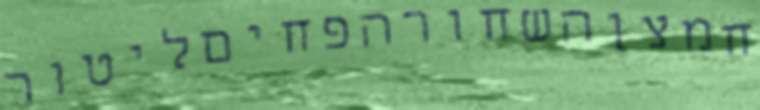
חמצןהשחורהפחיםליטור